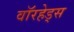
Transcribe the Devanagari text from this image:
वाॅरहेड्स